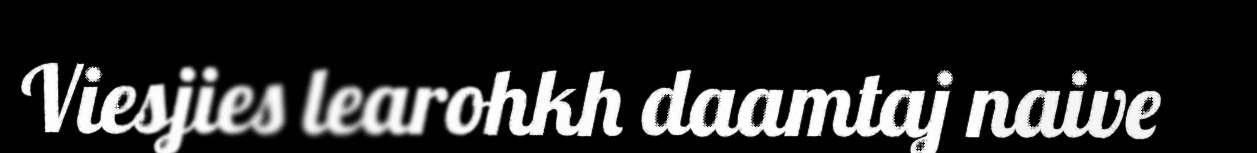
Viesjies learohkh daamtaj naive